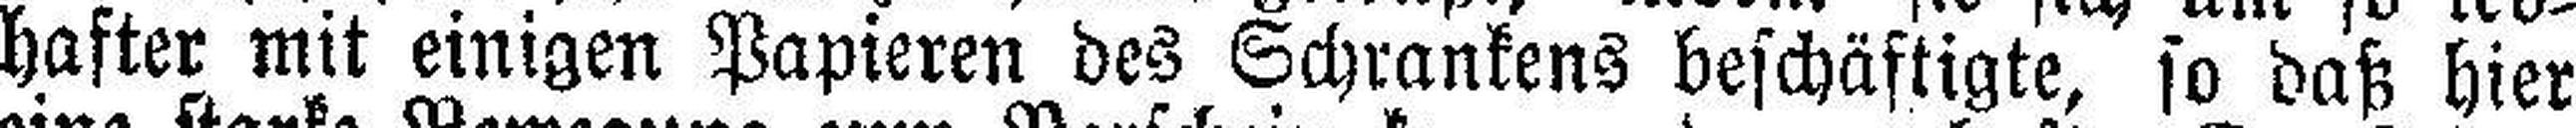
hafter mit einigen Papieren des Schrankens beschäftigte, so daß hier